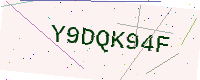
Text: Y9DQK94F